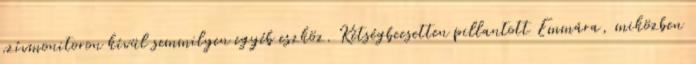
szívmonitoron kívül semmilyen egyéb eszköz. Kétségbeesetten pillantott Emmára, miközben